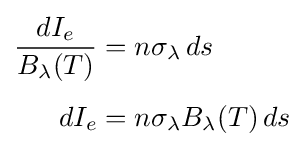
{\begin{aligned}{\frac {dI_{e}}{B_{\lambda }(T)}}&=n\sigma _{\lambda }\,ds\\[4pt]dI_{e}&=n\sigma _{\lambda }B_{\lambda }(T)\,ds\end{aligned}}